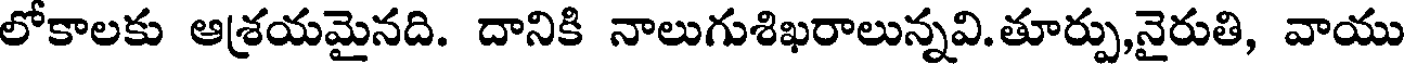
లోకాలకు ఆశ్రయమైనది. దానికి నాలుగుశిఖరాలున్నవి.తూర్పు,నైరుతి, వాయు